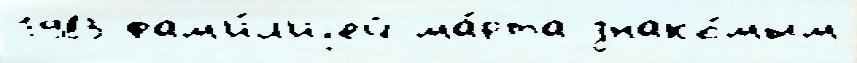
1983 фам'и́л'иjей ма́рта знако́мым